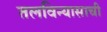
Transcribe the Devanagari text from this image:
तलविन्यासाची